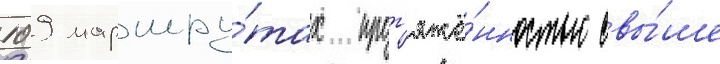
109 маршру́тах прот'яжё́нностью свы́ше